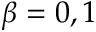
\beta = 0 , 1